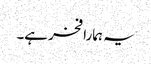
یہ ہمارا فخر ہے۔